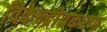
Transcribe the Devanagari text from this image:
विकेन्द्रीयकरण